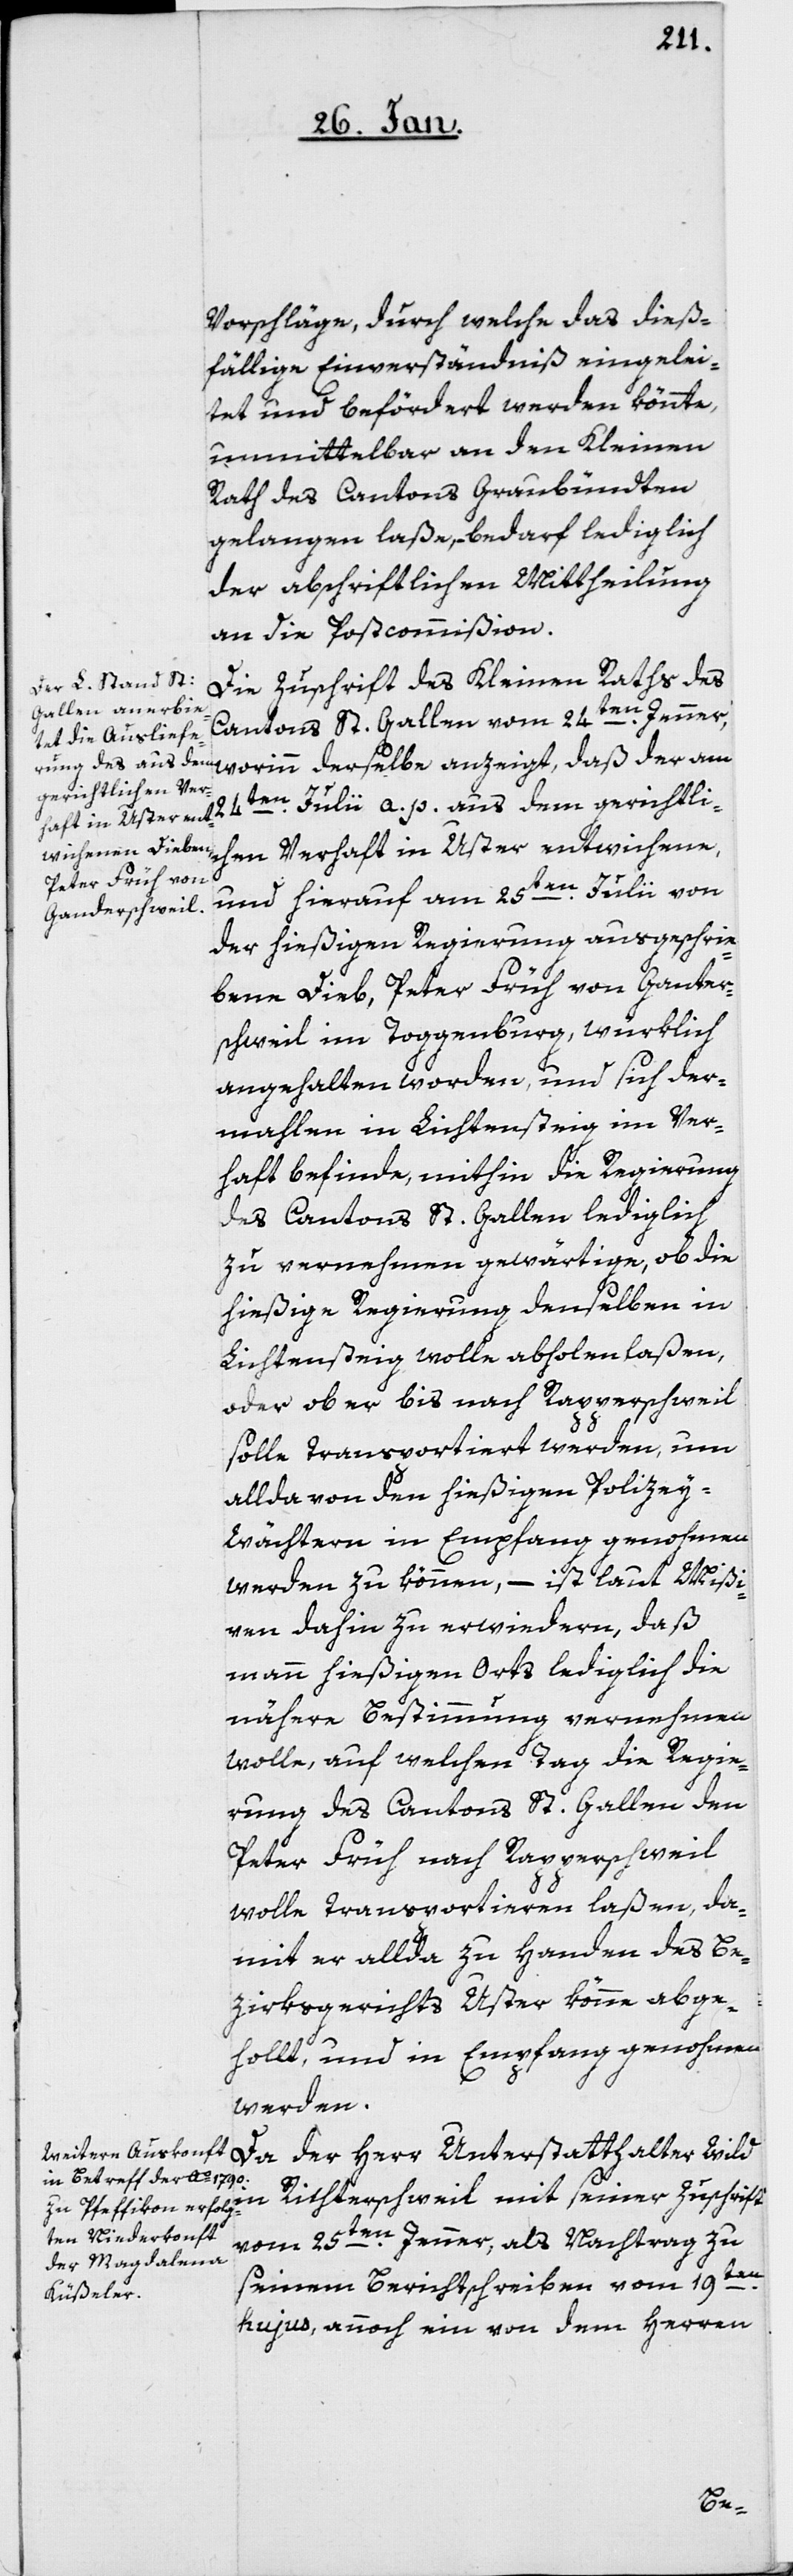
haft
Vorschläge, durch welche das dieß¬
fällige Einverständniß eingelei¬
tet und befördert werden könnte,
unmittelbar an den Kleinen
Rath des Cantons Graubündten
gelangen laße, – bedarf lediglich
der abschriftlichen Mittheilung
an die Postcommißion.
Die Zuschrift des Kleinen Raths des
Cantons St. Gallen vom 24ten. Jenner,
worinn derselbe anzeigt, daß der am
gerichtlichen Ver¬
der hießigen Regierung ausgeschrie¬
bene Dieb, Peter Früh von Ganter¬
schweil im Toggenburg, würklich
angehalten worden, und sich der¬
mahlen in Lichtensteig im Ver¬
haft befinde, mithin die Regierung
des Cantons St. Gallen lediglich
zu vernehmen gewärtige, ob die
hießige Regierung denselben in
Lichtensteig wolle abholen laßen,
oder ob er bis nach Rapperschweil
solle transportiert werden, um
allda von den hießigen Polizey-W¬
ächtern in Empfang genohmen
werden zu können, – ist laut Mißi¬
ven dahin zu erwiedern, daß
man hießigen Orts lediglich die
nähere Bestimmung vernehmen
wolle, auf welchen Tag die Regie¬
rung des Cantons St. Gallen den
Peter Früh nach Rapperschweil
wolle transportieren laßen, da¬
mit er allda zu Handen des Be¬
zirksgerichts Uster könne abge¬
holt, und in Empfang genohmen
werden.
Da der Herr Unterstatthalter Wild
in Richterschweil mit seiner Zuschrift
vom 25ten. Jenner, als Nachtrag zu
seinem Berichtschreiben vom 19ten.
hujus, annoch ein von dem Herren